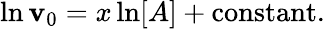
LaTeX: \ln\mathbf{v}_{0}=x\ln[A]+{\textrm{{constant}}}.